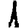
Digit: 1